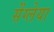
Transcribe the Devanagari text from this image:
सेंग्लेया